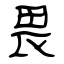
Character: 畏